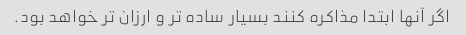
اگر آنها ابتدا مذاکره کنند بسیار ساده تر و ارزان تر خواهد بود.